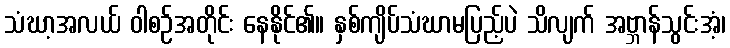
သံဃာ့အလယ် ဝါစဉ်အတိုင်း နေနိုင်၏။ နှစ်ကျိပ်သံဃာမပြည့်ပဲ သိလျက် အဗ္ဘာန်သွင်းအံ့၊